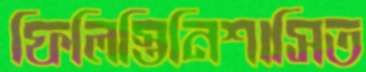
ফিলিস্তিনিশাসিত